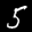
Label: 5